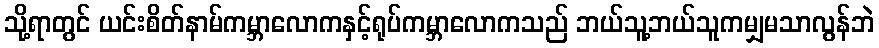
သို့ရာတွင် ယင်းစိတ်နာမ်ကမ္ဘာလောကနှင့်ရုပ်ကမ္ဘာလောကသည် ဘယ်သူ့ဘယ်သူကမျှမသာလွန်ဘဲ